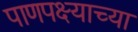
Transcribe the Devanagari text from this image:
पाणपक्ष्याच्या